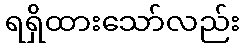
ရရှိထားသော်လည်း